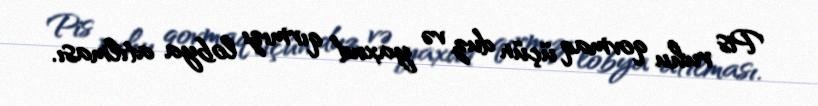
Pis ruhu qovmaq üçün duz və yaxud qırmızı lobya atılması.